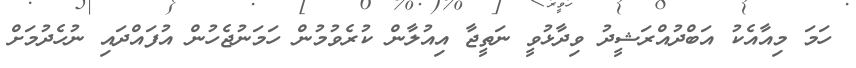
ހަމަ މިއާއެކު އަބްދުއްރަޝީދު ވިދާޅުވީ ނަތީޖާ އިއުލާން ކުރެވުމުން ހަމަނުޖެހުން އުފައްދައި ނުހެދުމަށް